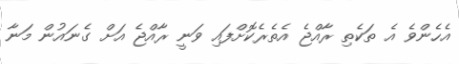
އެހެންވެ އެ ތަކެތި ރާއްޖެ އެތެރެކޮށްފައި ވަނީ ރާއްޖެ އަށް ގެނައުން މަނާ